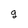
Character: 9